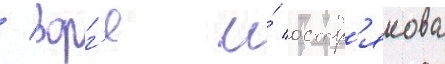
/ зорг'е и́ остр'якова